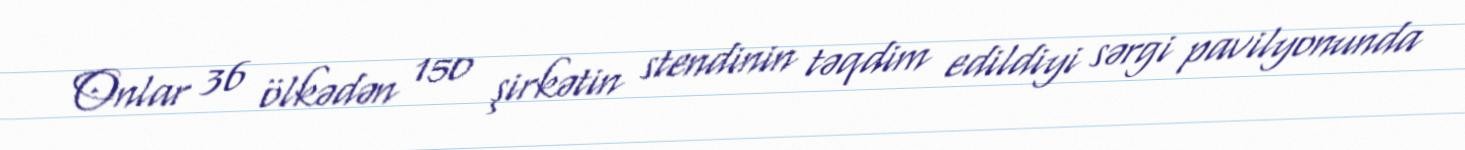
Onlar 36 ölkədən 150 şirkətin stendinin təqdim edildiyi sərgi pavilyonunda